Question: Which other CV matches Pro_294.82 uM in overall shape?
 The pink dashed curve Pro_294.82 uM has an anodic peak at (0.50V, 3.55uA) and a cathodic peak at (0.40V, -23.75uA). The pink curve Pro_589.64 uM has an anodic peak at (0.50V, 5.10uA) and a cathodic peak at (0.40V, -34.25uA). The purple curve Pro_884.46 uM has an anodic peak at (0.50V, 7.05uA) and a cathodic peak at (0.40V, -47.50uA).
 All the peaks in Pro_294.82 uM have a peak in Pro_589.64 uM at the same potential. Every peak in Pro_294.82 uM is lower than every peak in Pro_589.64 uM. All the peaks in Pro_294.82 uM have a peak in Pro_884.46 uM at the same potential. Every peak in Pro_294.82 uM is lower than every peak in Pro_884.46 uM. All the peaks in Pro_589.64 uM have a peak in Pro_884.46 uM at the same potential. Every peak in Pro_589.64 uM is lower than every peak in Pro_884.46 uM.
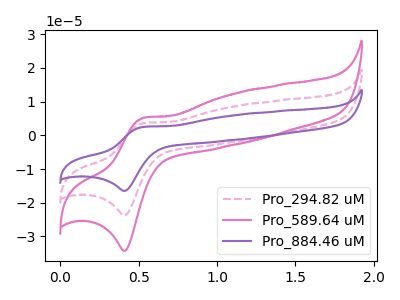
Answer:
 <answer>"Pro_294.82 uM" and "Pro_884.46 uM" have a similar shape to "Pro_589.64 uM".</answer>
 <eval>"Pro_294.82 uM" "Pro_884.46 uM"</eval>